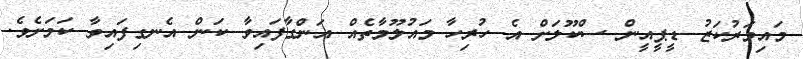
މައިމަރުކަޒު ޑީޕީއީން ސްކޫލަށް އެ ހުރިހާ މައުލޫމާތެއް އަންގާފައިވާ ކަން އެނގިފައިވާ ކަމަށެވެ.